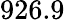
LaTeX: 926.9